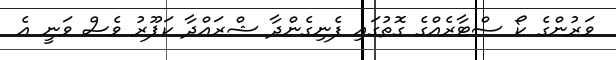
ވަރުންގެ ކޯ ސްޓާރެއްގެ ގޮތުގައި ފެނިގެންދާ ޝްރައްދާ ކަޕޫރު ވެސް ވަނީ އެ